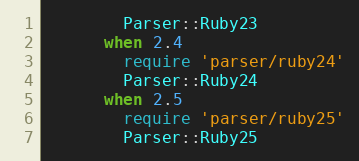
Language: Ruby
        Parser::Ruby23
      when 2.4
        require 'parser/ruby24'
        Parser::Ruby24
      when 2.5
        require 'parser/ruby25'
        Parser::Ruby25